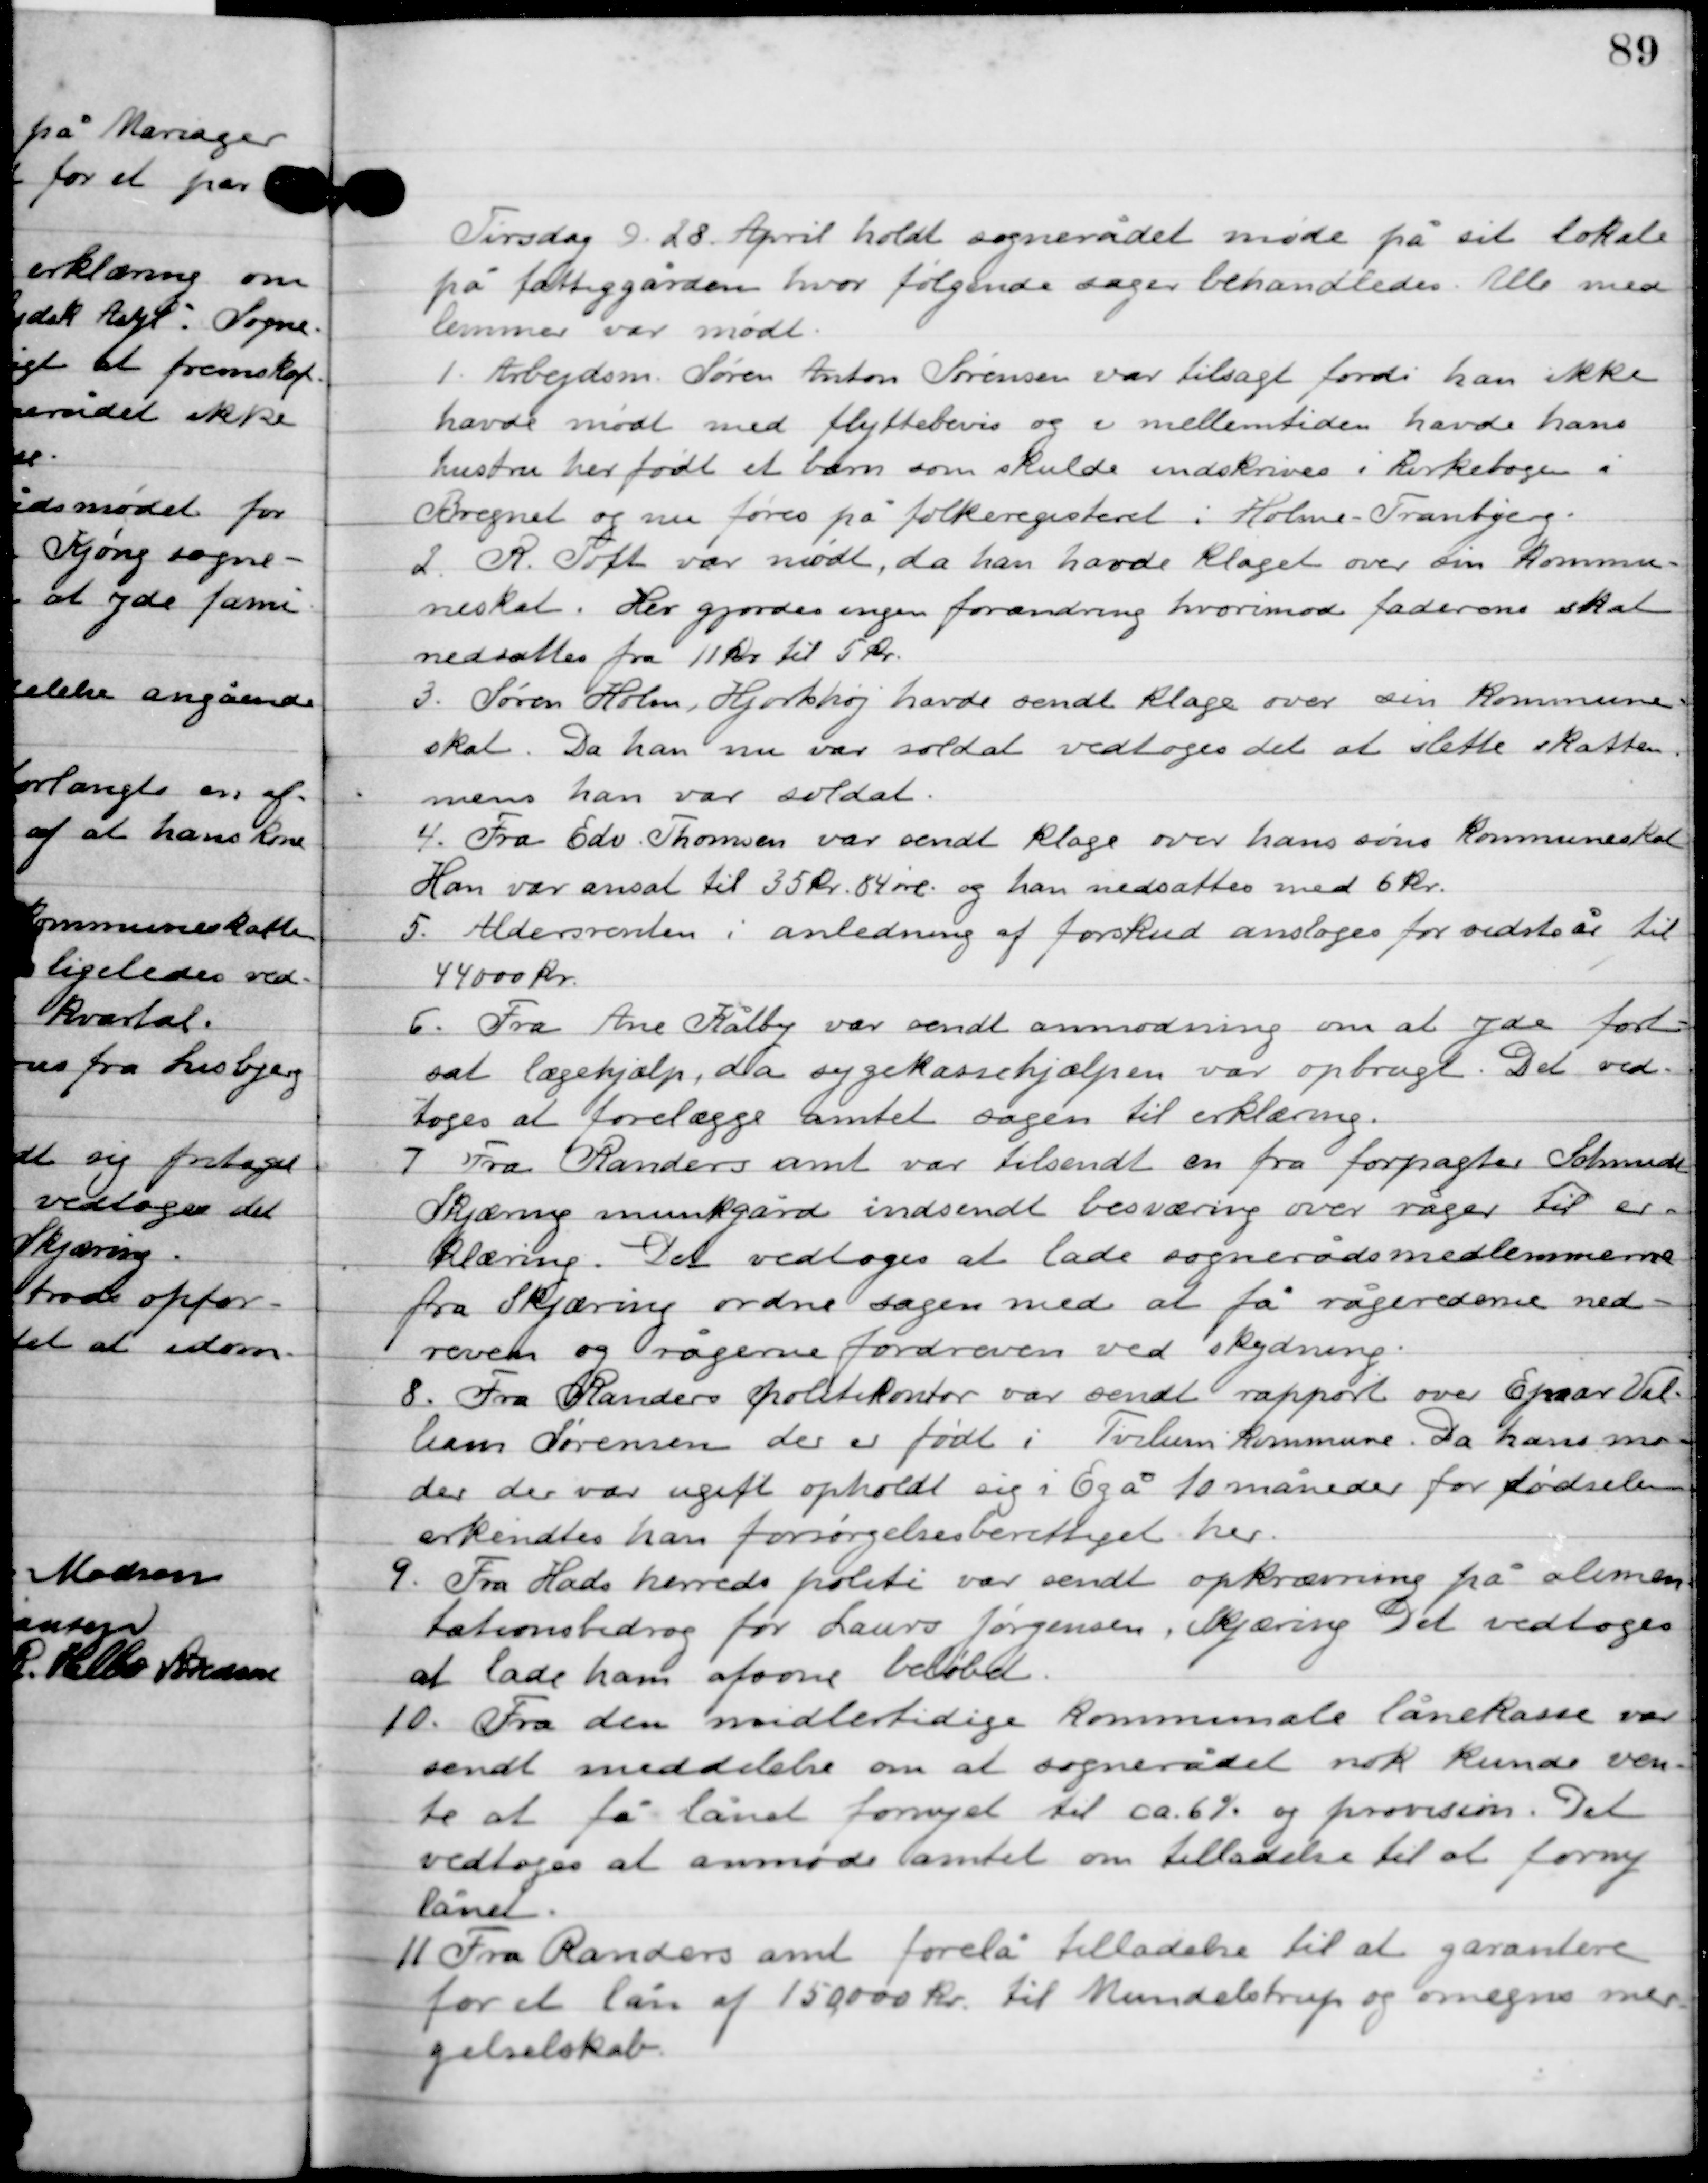
Transskription:
Tirsdag D. 28. April holdt sognerådet møde på sit lokale
 på fattiggården, hvor følgende sager behandledes. Alle med-
lemmer var mødte.

1

Arbejdsm. Søren Anton Sørensen var tilsagt fordi han ikke
havde mødt med flyttebevis og i mellemtiden havde hans
hustru her født et barn som skulde indskrives i kirkebogen i
Bregnet og nu føres på folkeregisteret i Holme-Tranbjerg.

2

R. Toft var mødt, da han havde klaget over sin kommune-
skat. Her gjorde sagen forandring hvorimod faderens skat
nedsattes fr 11 kr. til 5 kr.

3

Søren holm Hjorthøj havde sendt klage over sin kommune-
skat. Da han nu var soldat vedtoges det at slette skatten
mens han var soldat.

4

Fra Edv. Thomsen var sendt klage over hans søns kommuneskat.
Han var ansat til 35 kr. 84 øre og han nedsattes med 6 kr.

5

Aldersrenten i anledning af forskud ansloges for sidste år til
44.000 kr.

6

Fra Ane Kålby var sendt anmodning om at yde fort-
sat lægehjælp, da sygekassehjælpen var opbrugt. Det ved-
toges at forelægge amtet sagen til erklæring.

7

Fra Randers amt var tilsendt en fra forpagter Schmidt
Skjæring munkgård indsendt besværing over råger til er-
klæring. Det vedtoges at lade sognerådets medlemmerne
fra Skjæring ordne sagen med at få rågerederne ned-
revet og rågerne fordreven ved skydning.

8

Fra Randers politikontor var sendt rapport over Ejnar Vil-
liam Sørensen der er født i Tvilum kommune. Da hans mo-
der, der var ugift opholdt sig i Egå 10 måneder før fødselen,
erkendtes han forøgelsesberettiget her.

9

Fra Hads herreds politi var sendt opkrævning på alimen-
tationsbidrag for Laurs Jørgensen, Skjæring. Det vedtoges
at lade ham afsone beløbet.

10

Fra den midlertidige kommunale lånekasse var
sendt meddelelse om at sognerådet nok kunde ven-
te at få lånet fornyet til ca. 6 % og provision. Det
vedtoges at anmode amtet om tilladelse til at forny
lånet.

11

Fra Randers amt forelå tilladelsen til at garantere
for et lån af 150.000 kr. til Mundelstrup og omegns mer-
gelselskab.